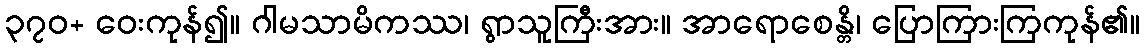
၃၇၀+ ဝေးကုန်၍။ ဂါမသာမိကဿ၊ ရွာသူကြီးအား။ အာရောစေန္တိ၊ ပြောကြားကြကုန်၏။